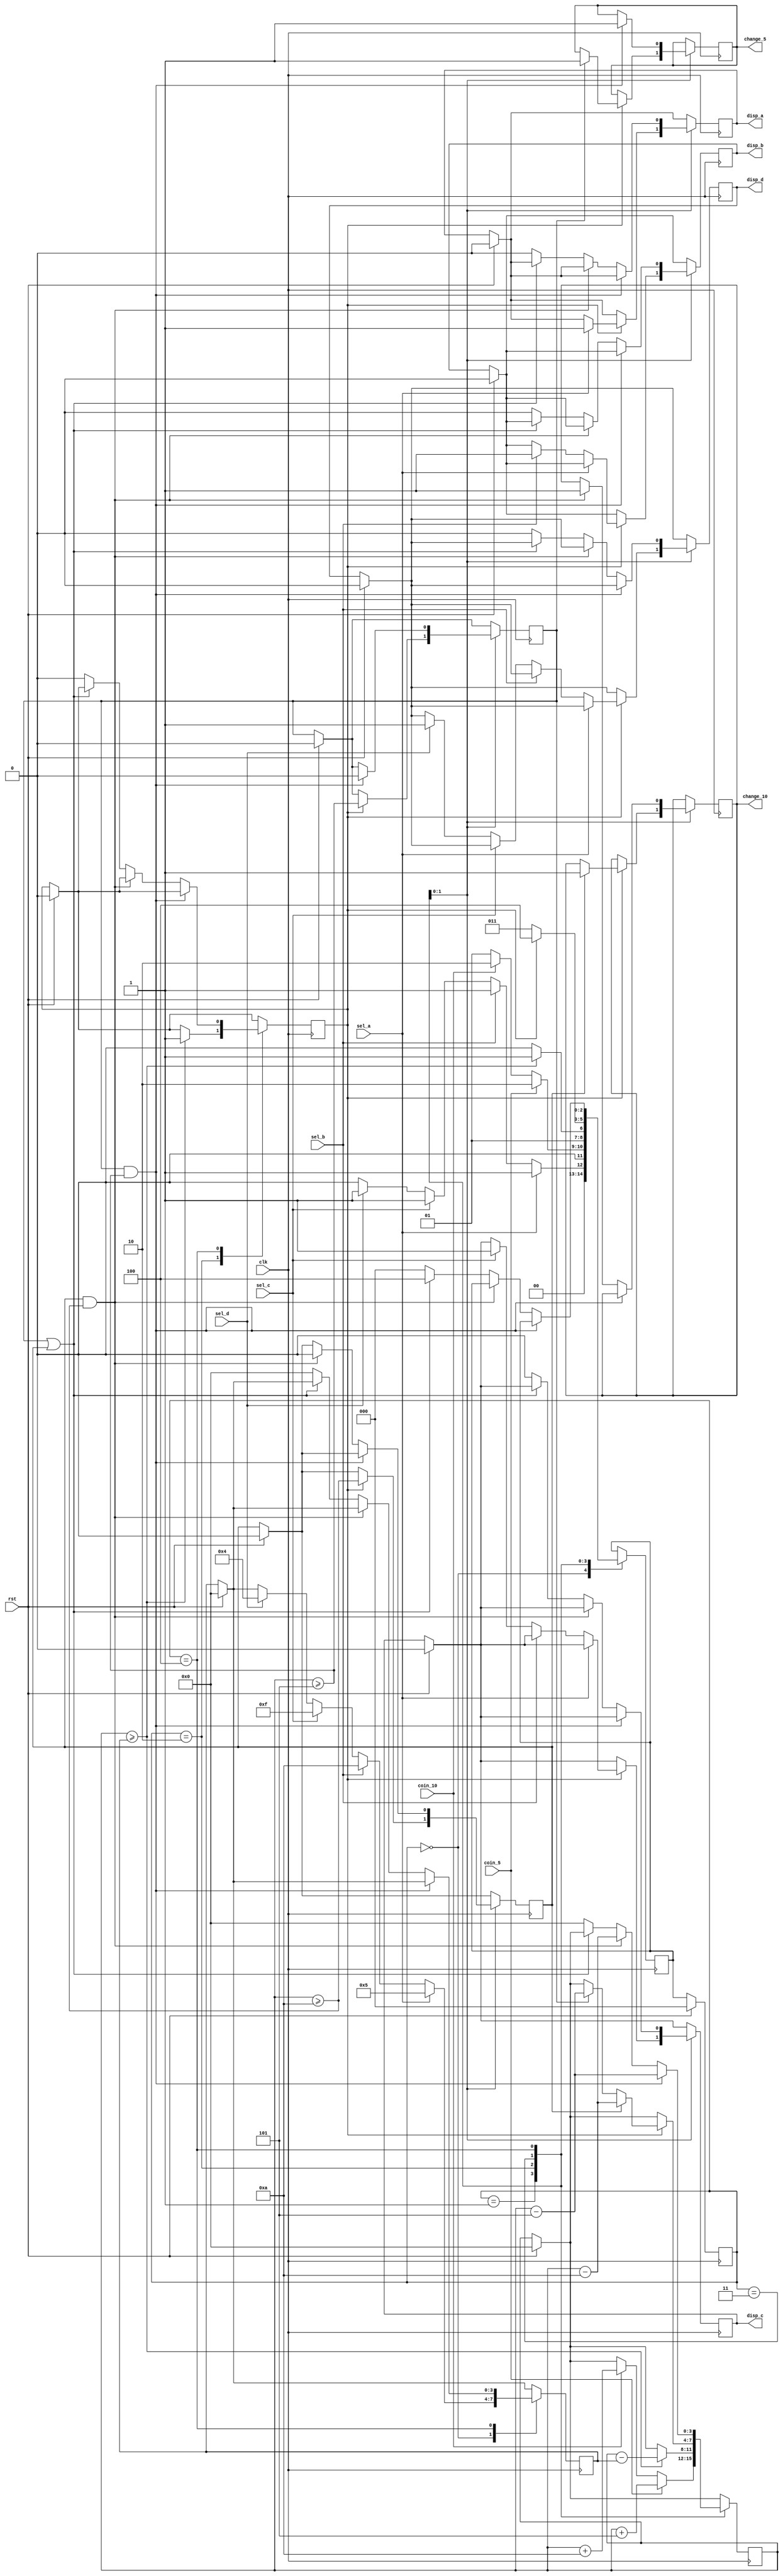
`timescale 1ns / 1ps
//////////////////////////////////////////////////////////////////////////////////
// Company: 
// Engineer: 
// 
// Design Name: 
// Module Name: Vending_Machine
// Project Name: 
// Target Devices: 
// Tool Versions: 
// Description: 
// 
// Dependencies: 
// 
// Revision:
// Revision 0.01 - File Created
// Additional Comments:
// 
//////////////////////////////////////////////////////////////////////////////////


module Vending_Machine(
input clk,
input rst,
input sel_a,
input sel_b,
input sel_c,
input sel_d,
input coin_5,
input coin_10,
output reg disp_a,
output reg disp_b,
output reg disp_c,
output reg disp_d,
output reg change_5,
output reg change_10
);

localparam IDLE=3'b000,PRODUCT_SELECTED=3'b001,AMT_RECEIVED=3'b010,DISPENSE_PRODUCT=3'b011,DISPENSE_CHANGE=3'b100;
reg [2:0] state,next_state;
reg [3:0] change ,price;
reg dispensed;
reg change_5_dispensed,change_10_dispensed;

always@(posedge clk) begin
if(rst) begin
state <= IDLE;
dispensed <= 0;
price <= 0;
change <= 0;
disp_a <= 0;
disp_b <= 0;
disp_c <= 0;
disp_d <= 0;
change_5_dispensed <= 0;
change_10_dispensed <= 0;
end else
state <= next_state;

case(state)

IDLE: begin
if(sel_a) begin
price <= 5;
next_state <= PRODUCT_SELECTED;
end else if(sel_b) begin
price <= 10;
next_state <= PRODUCT_SELECTED;
end else if(sel_c) begin
price <= 15;
next_state <= PRODUCT_SELECTED;
end else if(sel_d) begin
price <= 20;
next_state <= PRODUCT_SELECTED;
end else
next_state <= IDLE;
end 

PRODUCT_SELECTED:begin
if(coin_5) begin
change <= change +5;
next_state <= AMT_RECEIVED;
end else if(coin_10) begin
change <= change +10;
next_state <= AMT_RECEIVED;
end else next_state <= PRODUCT_SELECTED;
end

AMT_RECEIVED:begin
if(change >= price) begin
dispensed <= 1;
change <= change - price;
next_state <= DISPENSE_PRODUCT;
end else
next_state <= AMT_RECEIVED;
end

DISPENSE_PRODUCT:begin
if(dispensed) begin
if(sel_a) 
disp_a <= 1;
else if(sel_b)
disp_b <=1;
else if(sel_c) 
disp_c <= 1;
else if(sel_d)
disp_d <= 1;
change_5_dispensed <= (change >= 5);
change_10_dispensed <= (change >= 10);
if(change_5_dispensed) begin
change_5 <= 1;
change <= change-5;
end
if(change_10_dispensed) begin
change_10 <= 1;
change <= change-10;
end
next_state <= DISPENSE_CHANGE;
end else begin
next_state <= DISPENSE_PRODUCT;
end
end

DISPENSE_CHANGE: begin
if (change_5_dispensed && change >= 5) begin
change_5 <= 1;
change_5_dispensed <= 0;
change <= change - 5;
end else if (change_10_dispensed && change >= 10) begin
change_10 <= 1;
change_10_dispensed <= 0;
change <= change - 10;
end else if (change_5_dispensed || change_10_dispensed) begin
next_state <= DISPENSE_CHANGE;
end else begin
next_state <= IDLE;
dispensed <= 0;
price <= 0;
change <= 0;
disp_a <= 0;
disp_b <= 0;
disp_c <= 0;
disp_d <= 0;
end
end
endcase
end
endmodule